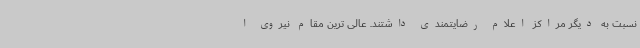
نسبت به دیگر مراکز اعلام رضایتمندی داشتند. عالی ترین مقام نیروی ا